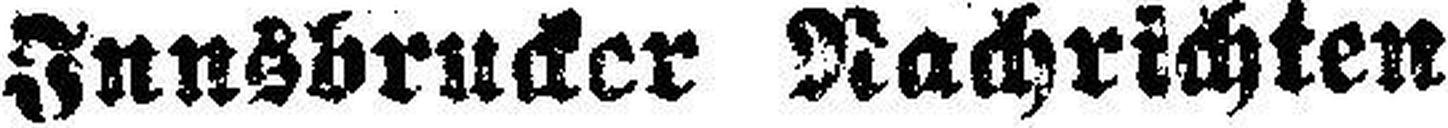
Innsbrucker Nachrichten